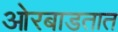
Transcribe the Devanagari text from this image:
ओरबाडतात